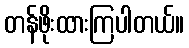
တန်ဖိုးထားကြပါတယ်။